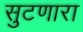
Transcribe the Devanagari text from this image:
सुटणारा